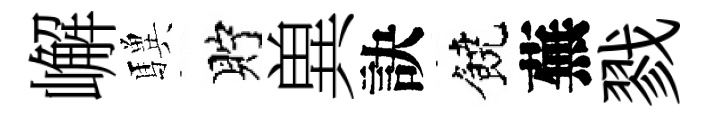
嶰驥貯兾訣饒蕪戮